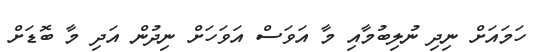
ހަމައަށް ނިދި ނުލިބުމާއި މާ އަވަސް އަވަހަށް ނިދުން އަދި މާ ބޮޑަށް